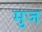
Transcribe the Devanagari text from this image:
मुज